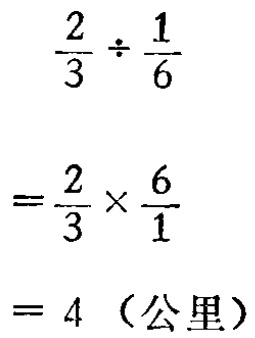
\[

\begin{align*}

\frac{2}{3}\div\frac{1}{6}&\\

=\frac{2}{3}\times\frac{6}{1}&\\

= 4 \text{（公里）}&

\end{align*}

\]